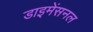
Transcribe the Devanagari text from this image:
डाइमेंसनल